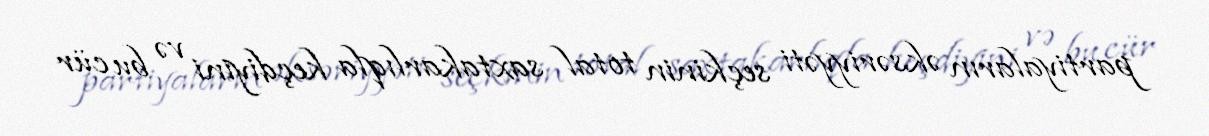
partiyaların əksəriyyəti seçkinin total saxtakarlıqla keçdiyini və bu cür